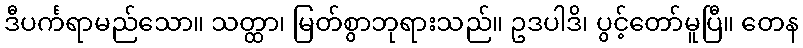
ဒီပင်္ကရာမည်သော။ သတ္ထာ၊ မြတ်စွာဘုရားသည်။ ဥဒပါဒိ၊ ပွင့်တော်မူပြီ။ တေန